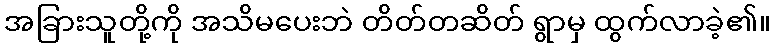
အခြားသူတို့ကို အသိမပေးဘဲ တိတ်တဆိတ် ရွာမှ ထွက်လာခဲ့၏။